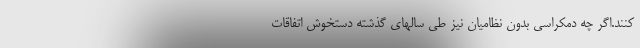
کنند.اگر چه دمکراسی بدون نظامیان نیز طی سالهای گذشته دستخوش اتفاقات